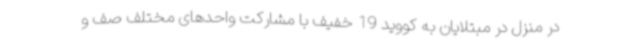
در منزل در مبتلایان به کووید 19 خفیف با مشارکت واحدهای مختلف صف و